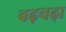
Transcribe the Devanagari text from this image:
बढ़चढ़ा